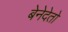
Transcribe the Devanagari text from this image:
बेनेदेतो